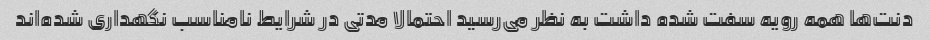
دنت‌ها همه رویه سفت شده داشت به نظر می‌رسید احتمالا مدتی در شرایط نامناسب نگهداری شده‌اند